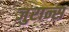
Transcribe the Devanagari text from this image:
जुरान्स